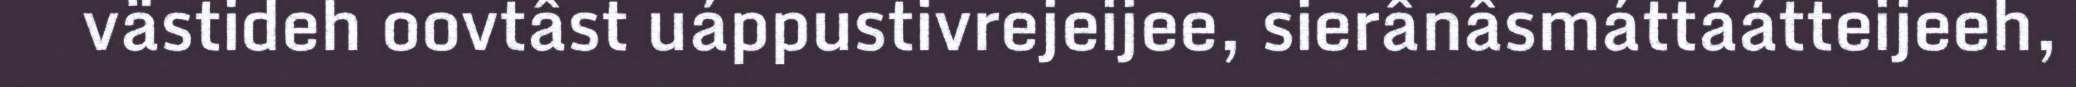
västideh oovtâst uáppustivrejeijee, sierânâsmáttáátteijeeh,